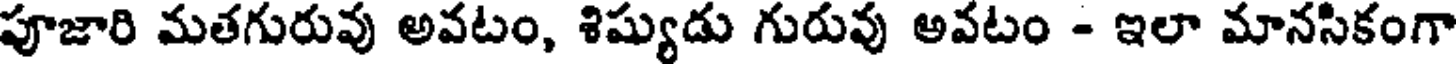
పూజారి మతగురువు అవటం, శిష్యుడు గురువు అవటం - ఇలా మానసికంగా